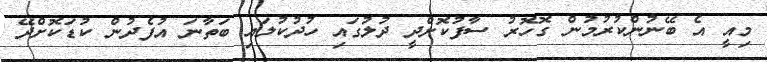
މިއީ އެ ބޭނުންކުރުމުން ގޮހޮރު ސާފުކޮށްދީ ދުލުގައި ހުދުކުލައި ބަތާނަ އުފެދުން ކުޑަކޮށްދޭ